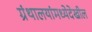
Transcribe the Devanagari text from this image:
ग्रंथालयांमध्येदेखील